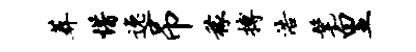
葬惜逸吊稼搏浩髦皇